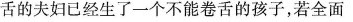
舌的夫妇已经生了一个不能卷舌的孩子，若全面